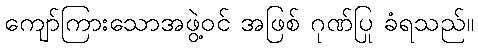
ကျော်ကြားသောအဖွဲ့ဝင် အဖြစ် ဂုဏ်ပြု ခံရသည်။